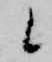
候